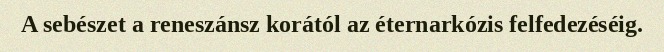
A sebészet a reneszánsz korától az éternarkózis felfedezéséig.